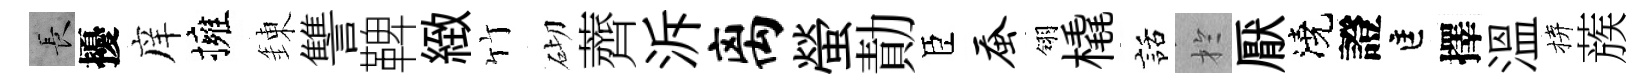
长擾庠擁錬讐鞞緻竹砌薺泝离螢勣臣蚕翎橇話扵厭澆證匡擇溫拚蔟